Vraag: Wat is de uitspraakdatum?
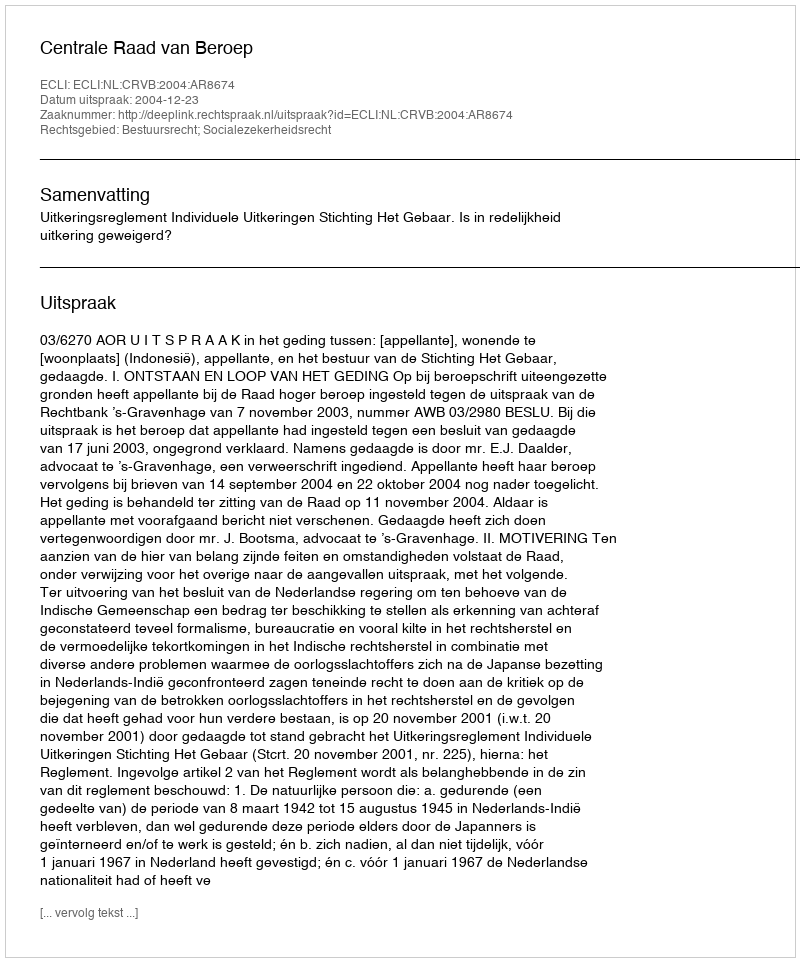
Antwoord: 2004-12-23